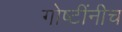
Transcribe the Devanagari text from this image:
गोष्टींनीच